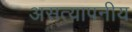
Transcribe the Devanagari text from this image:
असत्यापनीय